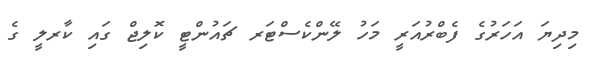
މިދިޔަ އަހަރުގެ ފެބްރުއަރީ މަހު ލޭންކެސްޓަރ ޗައުންޓީ ކޮލިޖް ގައި ކާރލީ ގެ